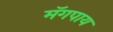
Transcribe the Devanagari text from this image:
मॅगपाय